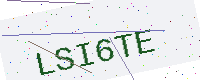
Text: LSI6TE